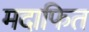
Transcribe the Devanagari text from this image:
मदाफित